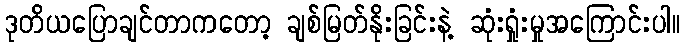
ဒုတိယပြောချင်တာကတော့ ချစ်မြတ်နိုးခြင်းနဲ့ ဆုံးရှုံးမှုအကြောင်းပါ။